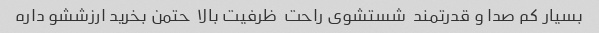
بسیار کم صدا و قدرتمند  شستشوی راحت  ظرفیت بالا  حتمن بخرید ارزششو داره